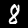
Label: 8